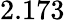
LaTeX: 2.173